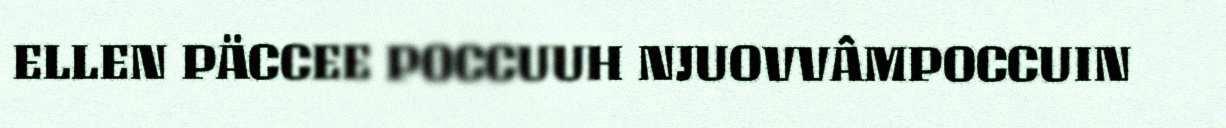
ELLEN PÄCCEE POCCUUH NJUOVVÂMPOCCUIN